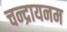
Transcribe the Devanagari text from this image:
चन्द्रायनम